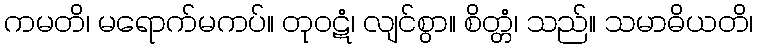
ကမတိ၊ မရောက်မကပ်။ တုဝဋံ၊ လျင်စွာ။ စိတ္တံ၊ သည်။ သမာဓိယတိ၊